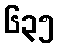
၆၃၅